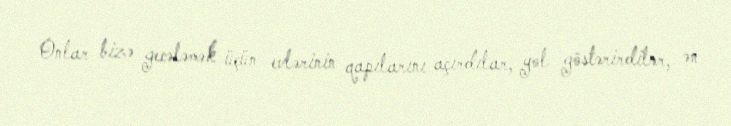
Onlar bizə gecələmək üçün evlərinin qapılarını açırdılar, yol göstərirdilər, ən